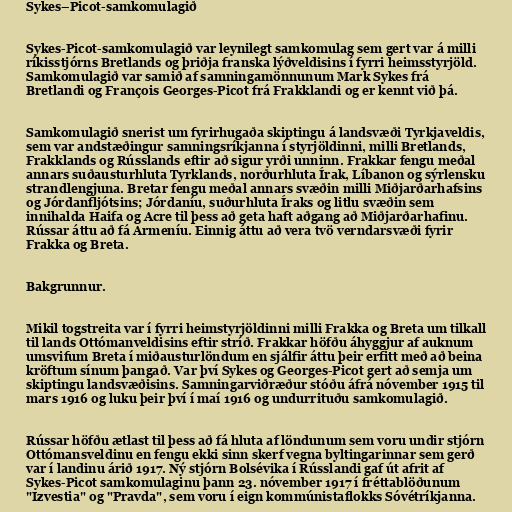
Sykes–Picot-samkomulagið

Sykes-Picot-samkomulagið var leynilegt samkomulag sem gert var á milli
ríkisstjórns Bretlands og þriðja franska lýðveldisins í fyrri heimsstyrjöld.
Samkomulagið var samið af samningamönnunum Mark Sykes frá
Bretlandi og François Georges-Picot frá Frakklandi og er kennt við þá.

Samkomulagið snerist um fyrirhugaða skiptingu á landsvæði Tyrkjaveldis,
sem var andstæðingur samningsríkjanna í styrjöldinni, milli Bretlands,
Frakklands og Rússlands eftir að sigur yrði unninn. Frakkar fengu meðal
annars suðausturhluta Tyrklands, norðurhluta Írak, Líbanon og sýrlensku
strandlengjuna. Bretar fengu meðal annars svæðin milli Miðjarðarhafsins
og Jórdanfljótsins; Jórdaníu, suðurhluta Íraks og litlu svæðin sem
innihalda Haifa og Acre til þess að geta haft aðgang að Miðjarðarhafinu.
Rússar áttu að fá Armeníu. Einnig áttu að vera tvö verndarsvæði fyrir
Frakka og Breta.

Bakgrunnur.

Mikil togstreita var í fyrri heimstyrjöldinni milli Frakka og Breta um tilkall
til lands Ottómanveldisins eftir stríð. Frakkar höfðu áhyggjur af auknum
umsvifum Breta í miðausturlöndum en sjálfir áttu þeir erfitt með að beina
kröftum sínum þangað. Var því Sykes og Georges-Picot gert að semja um
skiptingu landsvæðisins. Samningarviðræður stóðu áfrá nóvember 1915 til
mars 1916 og luku þeir því í maí 1916 og undurrituðu samkomulagið.

Rússar höfðu ætlast til þess að fá hluta af löndunum sem voru undir stjórn
Ottómansveldinu en fengu ekki sinn skerf vegna byltingarinnar sem gerð
var í landinu árið 1917. Ný stjórn Bolsévika í Rússlandi gaf út afrit af
Sykes-Picot samkomulaginu þann 23. nóvember 1917 í fréttablöðunum
"Izvestia" og "Pravda", sem voru í eign kommúnistaflokks Sóvétríkjanna.